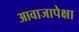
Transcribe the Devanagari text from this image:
आवाजापेक्षा